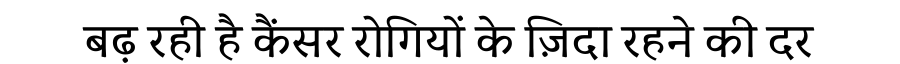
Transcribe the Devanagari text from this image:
बढ़ रही है कैंसर रोगियों के ज़िदा रहने की दर